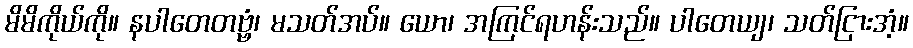
မိမိကိုယ်ကို။ နပါတေတဗ္ဗံ၊ မသတ်အပ်။ ယော၊ အကြင်ရဟန်းသည်။ ပါတေယျ၊ သတ်ငြားအံ့။